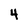
Character: 4